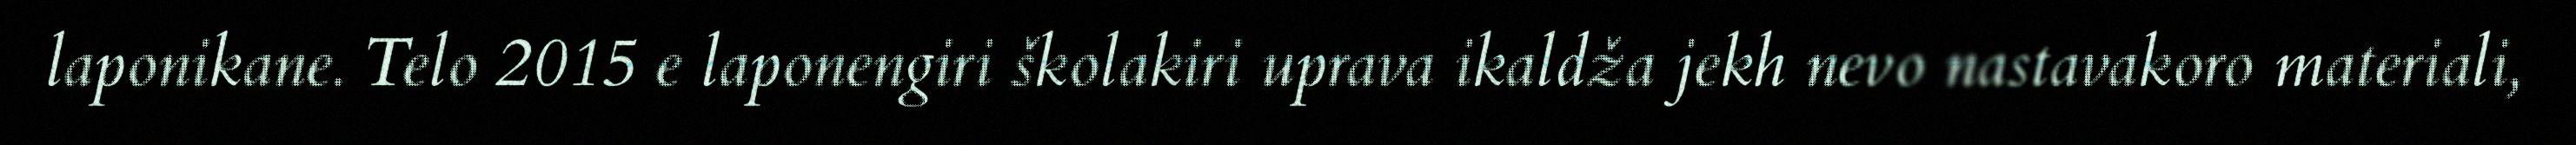
laponikane. Telo 2015 e laponengiri školakiri uprava ikaldža jekh nevo nastavakoro materiali,